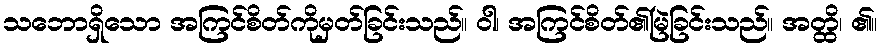
သဘောရှိသော အကြင်စိတ်ကိုမှတ်ခြင်းသည်။ ဝါ၊ အကြင်စိတ်၏မြဲခြင်းသည်။ အတ္ထိ၊ ၏။